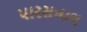
પારસનાથ